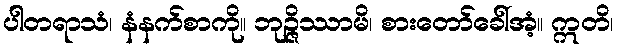
ပါတရာသံ၊ နံနက်စာကို။ ဘုဉ္ဇိဿာမိ၊ စားတော်ခေါ်အံ့။ ဣတိ၊